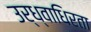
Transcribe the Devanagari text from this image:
उर्ध्वाधिरता